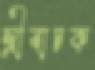
স্ত্রীবাচক